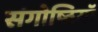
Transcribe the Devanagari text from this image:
संगोष्ठियॉ